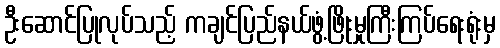
ဦးဆောင်ပြုလုပ်သည့် ကချင်ပြည်နယ်ဖွံ့ဖြိုးမှုကြီးကြပ်ရေးရုံးမှ